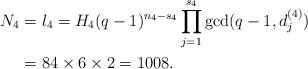
LaTeX: \begin{align*}N_4&=l_4=H_4(q-1)^{n_4-s_4}\prod\limits_{j=1}^{s_4}\gcd(q-1,d_j^{(4)})\\&=84\times 6 \times 2=1008.\end{align*}